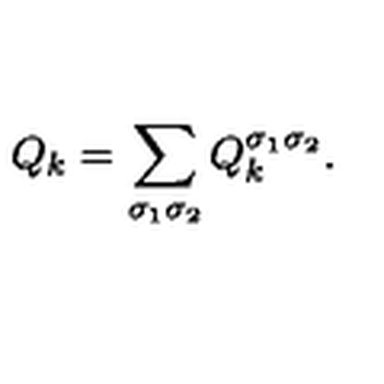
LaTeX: Q _ { k } = \sum _ { \sigma _ { 1 } \sigma _ { 2 } } Q _ { k } ^ { \sigma _ { 1 } \sigma _ { 2 } } .